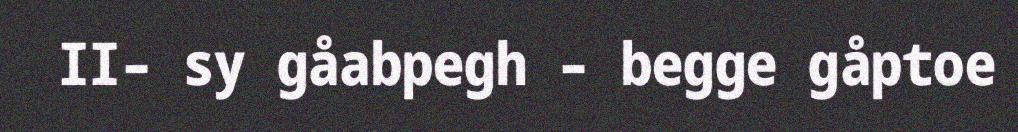
II– sy gåabpegh – begge gåptoe